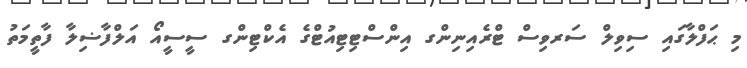
މި ޙަފްލާގައި ސިވިލް ސަރވިސް ޓްރެއިނިންގ އިންސްޓިޓިއުޓްގެ އެކްޓިންގ ސީސީއޯ އަލްފާޟިލާ ފާތީމަތު